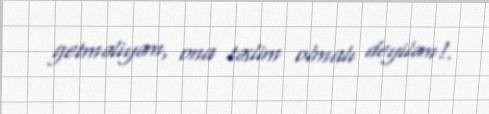
getməliyəm, ona təslim olmalı deyiləm!.